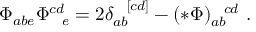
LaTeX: \Phi _ { a b e } \Phi _ { \ \ e } ^ { c d } = 2 \delta _ { a b } ^ { \ \ [ c d ] } - ( * \Phi ) _ { a b } ^ { \ \ c d } \ .